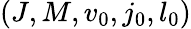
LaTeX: (J,M,v_{0},j_{0},l_{0})